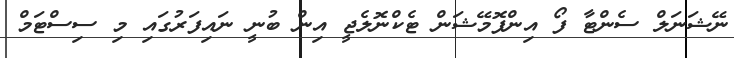
ނޭޝަނަލް ސެންޓާ ފޯ އިންފޮމޭޝަން ޓެކްނޮލެޖީ އިން ބުނީ ނައިފަރުގައި މި ސިސްޓަމް